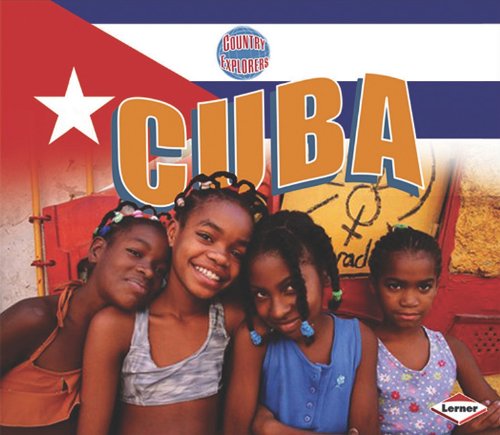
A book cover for Cuba (Country Explorers); Anna Cavallo; Children's Books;